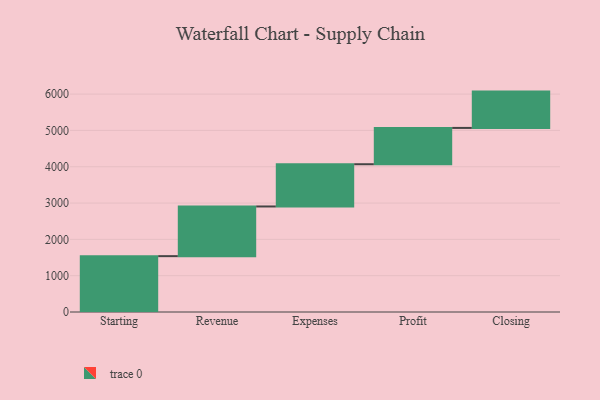
{"axis": {"x": "Step", "y": "Value"}, "legend": [""], "data": [{"x": "Starting", "y": 1538.0, "type": ""}, {"x": "Revenue", "y": 1368.0, "type": ""}, {"x": "Expenses", "y": 1163.0, "type": ""}, {"x": "Profit", "y": 1000, "type": ""}, {"x": "Closing", "y": 1000, "type": ""}]}